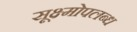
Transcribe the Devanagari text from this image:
सूक्ष्मोपलब्ध